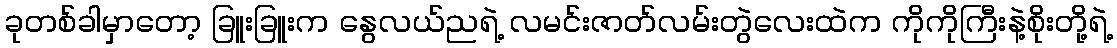
ခုတစ်ခါမှာတော့ ခြူးခြူးက နွေလယ်ညရဲ့ လမင်းဇာတ်လမ်းတွဲလေးထဲက ကိုကိုကြီးနဲ့စိုးတို့ရဲ့